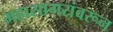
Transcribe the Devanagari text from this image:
महासागरांवरून